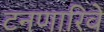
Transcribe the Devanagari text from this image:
टनणारिवे